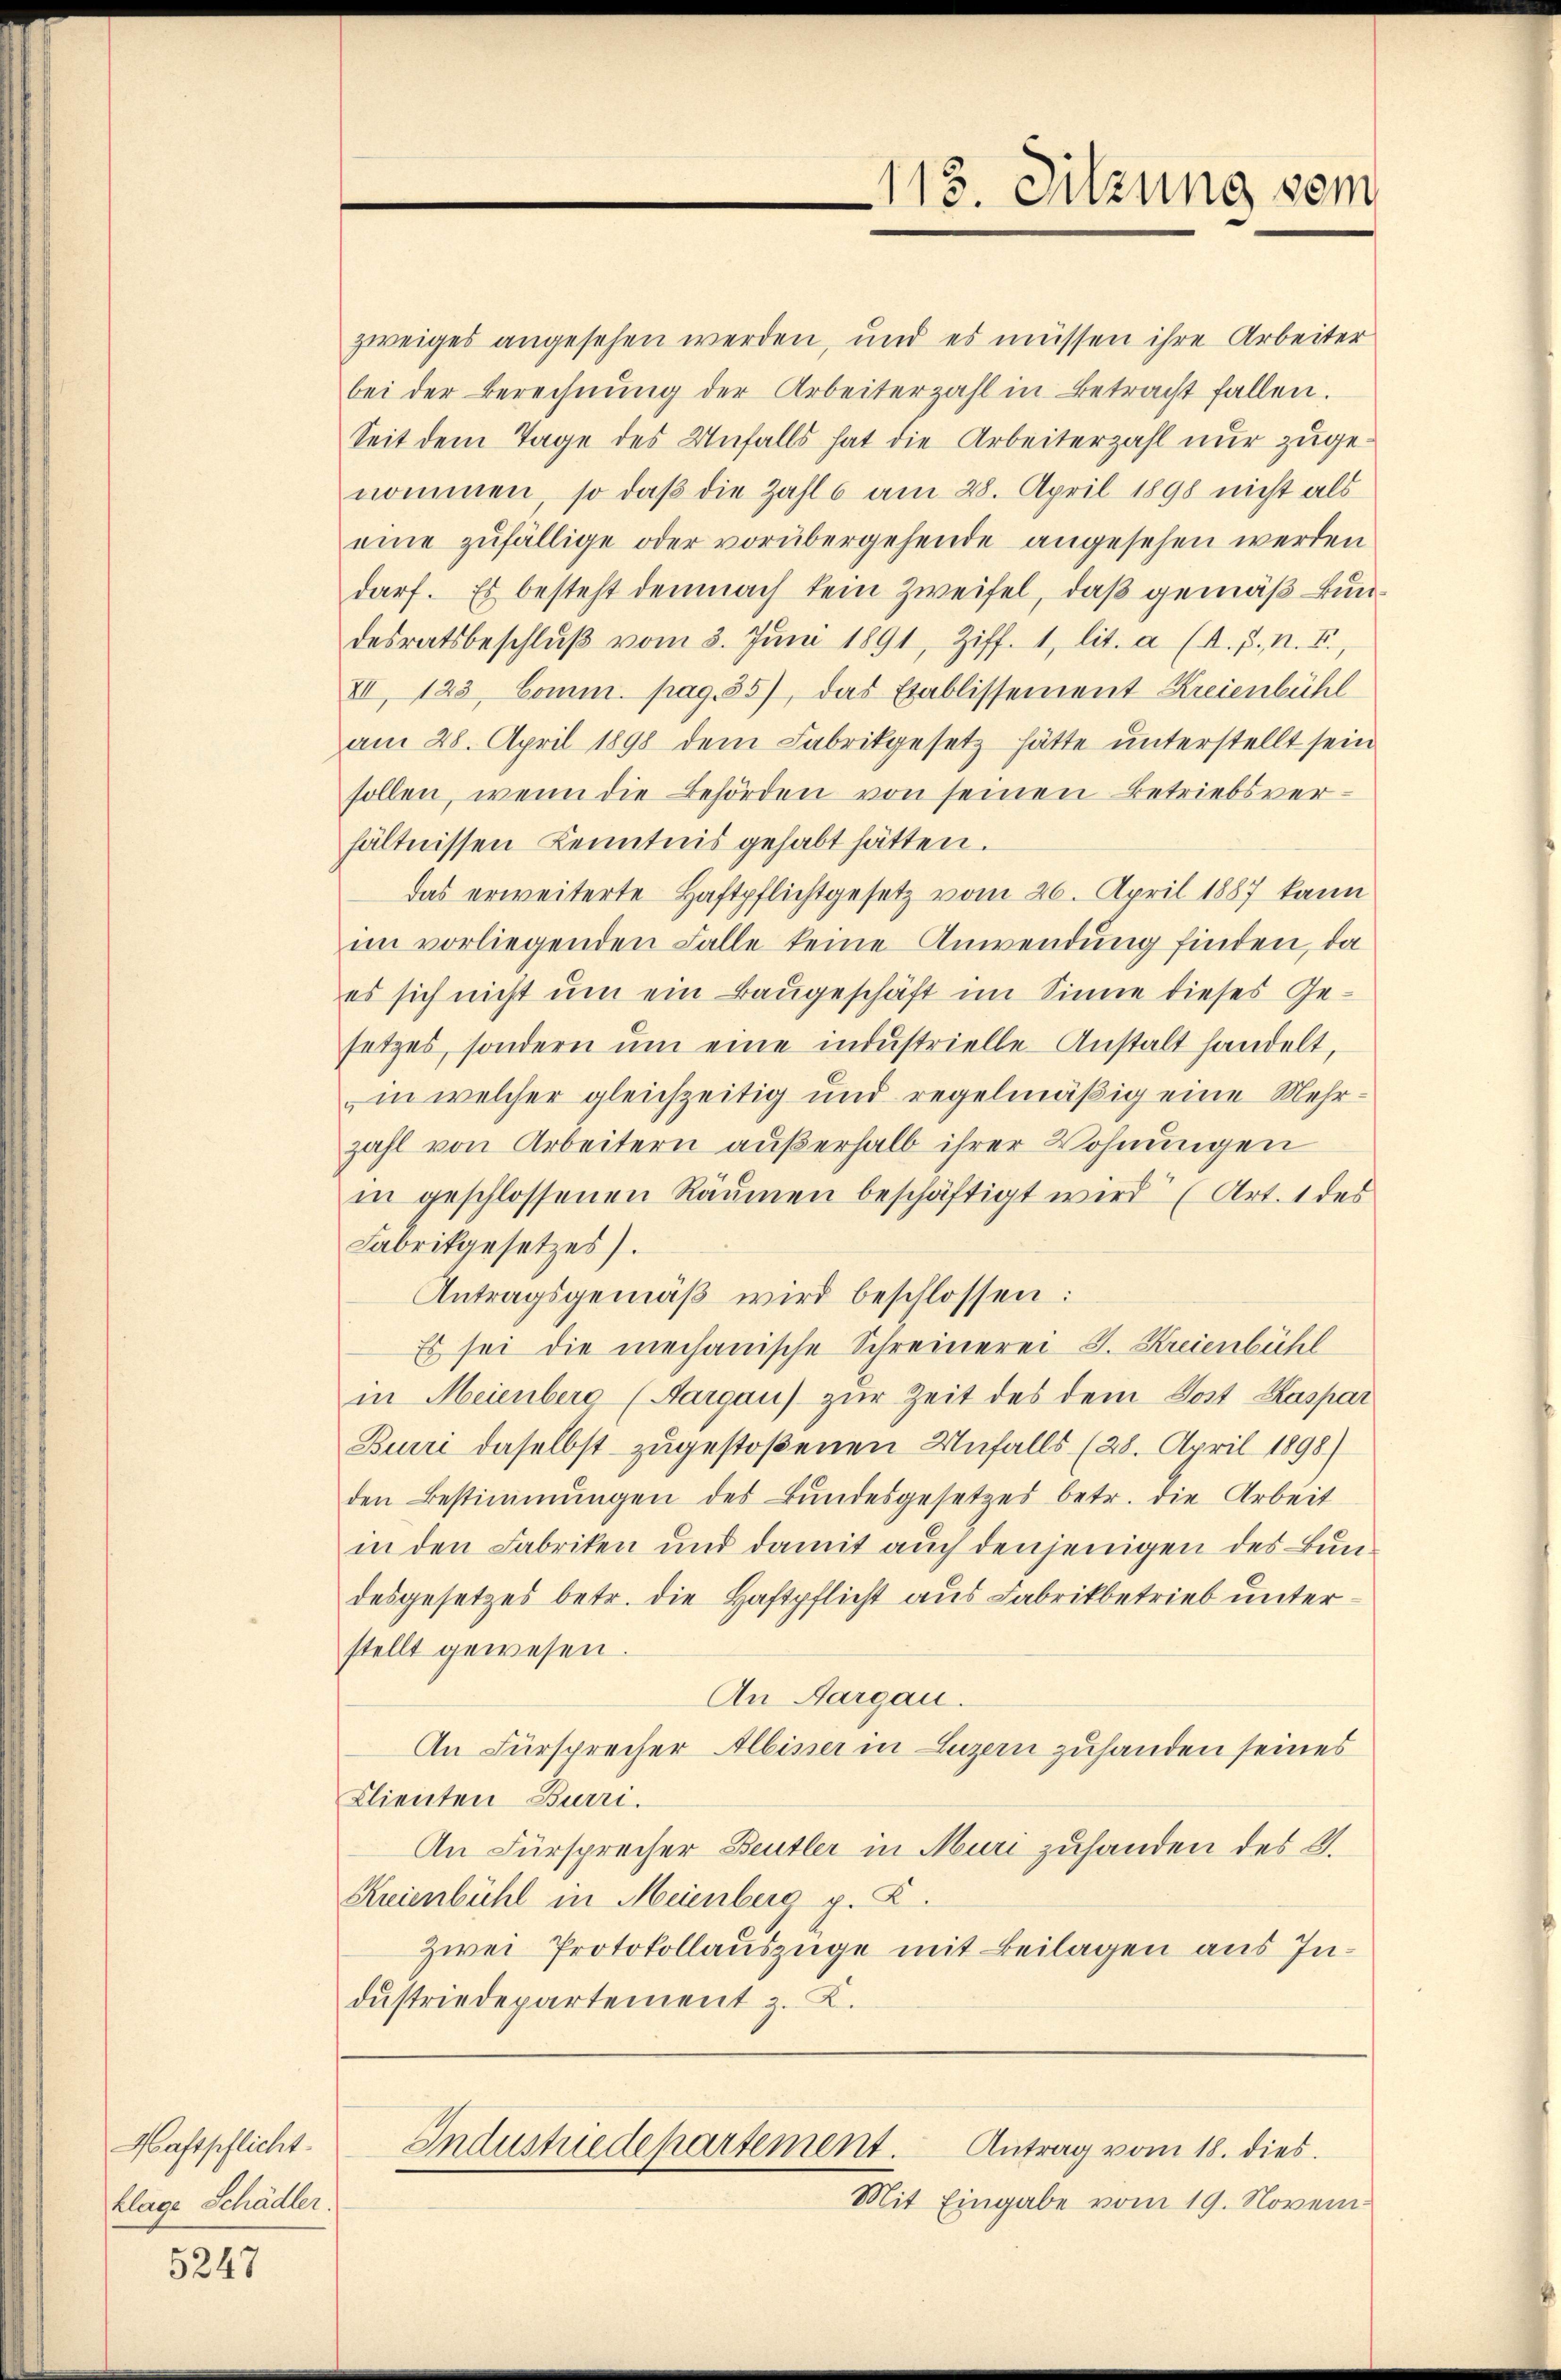
Haftpflicht.
klage Schädler.

5247

113. Sitzung vom

zweiges angesehen werden, und es müssen ihre Arbeiter
bei der Berechnŭng der Arbeiterzahl in Betracht fallen.
Seit dem Tage des Unfalls hat die Arbeiterzahl nur zugenommen, so daß die Zahl 6 am 28. April 1898 nicht als
eine zŭfällige oder vorübergehende angesehen werden
darf. Es besteht demnach kein Zweifel, daß gemäß Bundesratsbeschlŭβ vom 3. Jŭni 1891, Ziff. 1, lit. a (d. h. n. F.,
VII, 123. Comm. pag. 55), das Etablissement Kreienbühl
am 28. April 1898 dem Fabrikgesetz hätte unterstellt sein
sollen, wenn die Behörden von seinen Betriebsverhältnissen Kenntnis gehabt hätten.
das erweiterte Haftpflichtgesetz vom 26. April 1887 kann
im vorliegenden Falle keine Anwendung finden, da
es sich nicht um ein Baugeschäft im Sinne dieses Gesetzes, sondern ŭm eine industrielle Anstalt handelt,
in welcher gleichzeitig und regelmäßig eine Mehrzahl von Arbeitern außerhalb ihrer Wohnungen
in geschlossenen Räumen beschäftigt wird (Art. 1 des
Fabrikgesetzes).
Antragsgemäß wird beschlossen:
Es sei die mechanische Schreinerei J. Kreienbühl
in Meienberg (Aargau) zur Zeit des dem Post Kaspar
Burri daselbst zugestoßenen Unfalls (28. April 1898)
den Bestimmungen des Bŭndesgesetzes betr. die Arbeit
in den Fabriken und damit auch denjenigen des Bundesgesetzes betr. die Haftpflicht aus Fabrikbetrieb unterstellt gewesen.
An Aargau.
An Fürsprecher Albiser in Luzern zuhanden seines
Clienten Burri
An Fürsprecher Beutler in Muri zuhanden des 9.
Kreienbühl in Meienberg p. K.
Zwei Protokollauszüge mit Beilagen aus Indŭstriedepartement z. K.

Industuedepartement.
Antrag vom 18. dies
Mit Eingabe vom 19. Novem¬